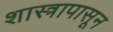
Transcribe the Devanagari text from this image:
शास्त्रापासून